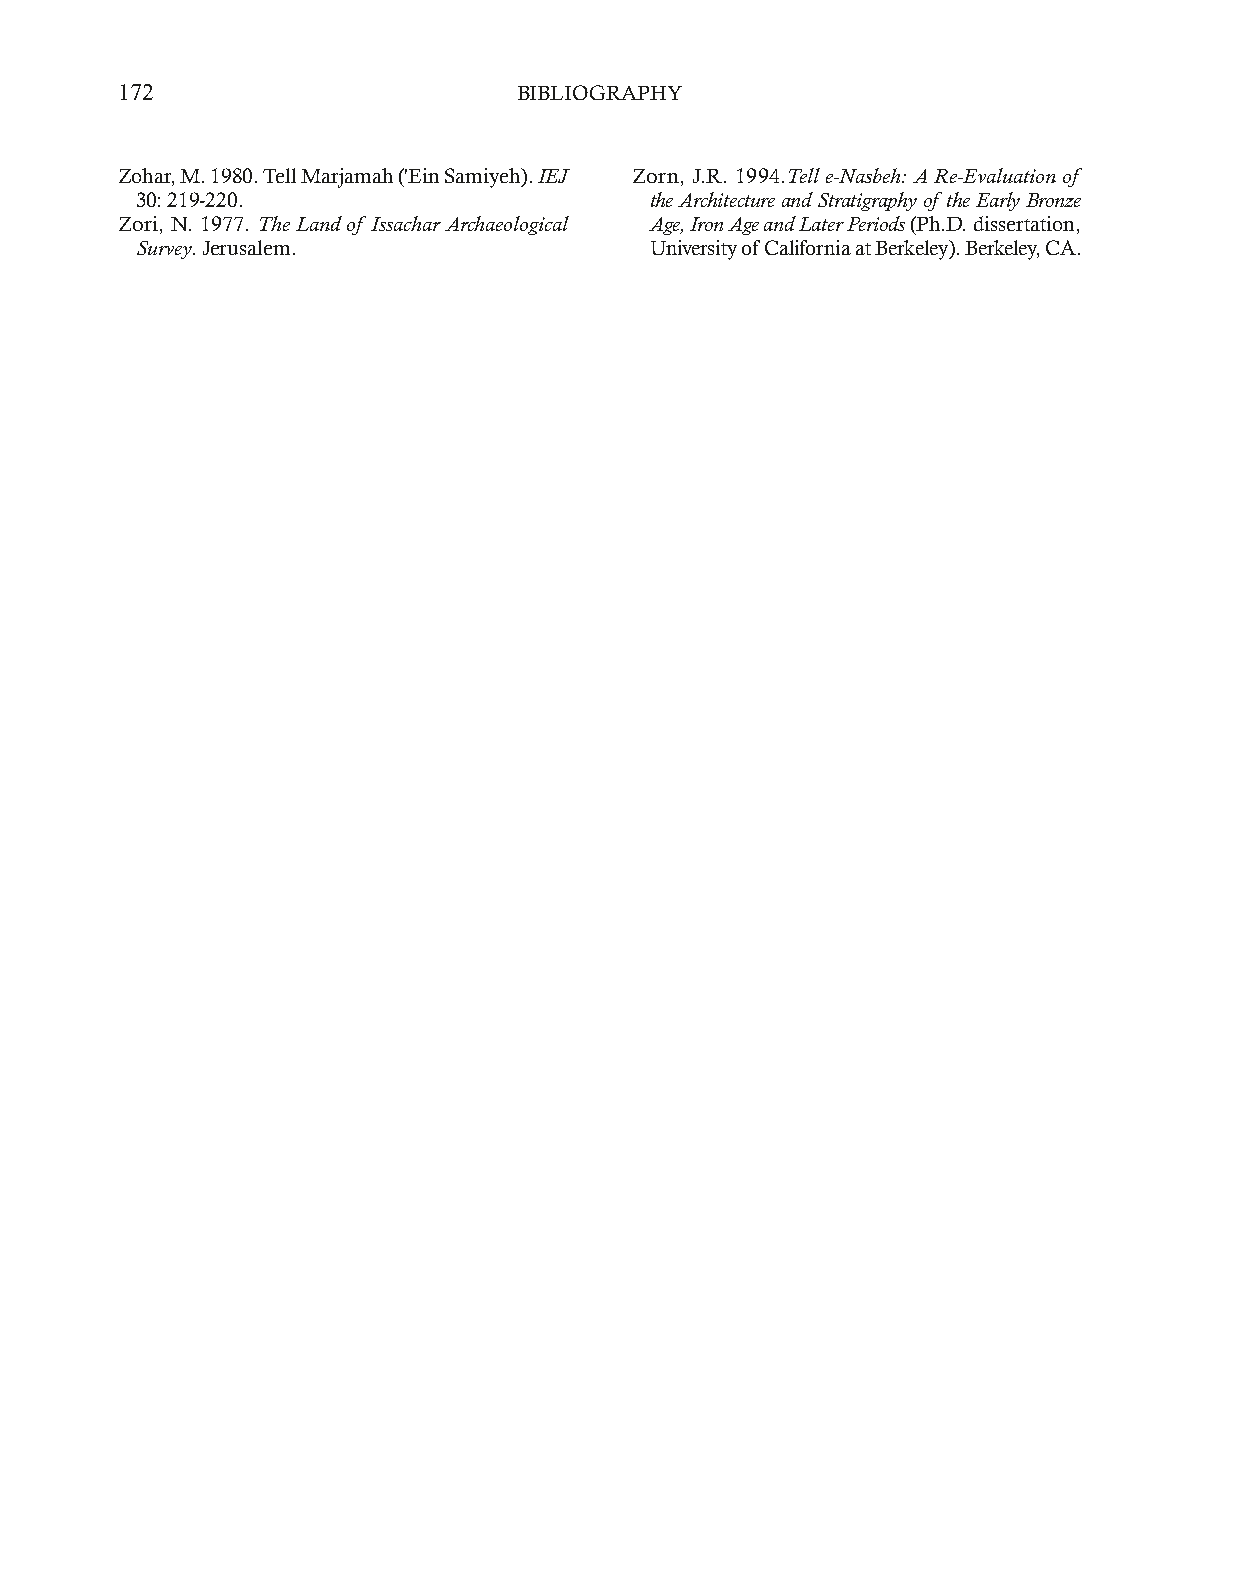
172                       BIBLIOGRAPHY
 Zohar, M. 1980. Tell Marjamah ('Ein Samiyeh). IEJ Zorn, J.R. 1994.Tell e-Nasbeh: A Re-Evaluation of
 30: 219-220.                      the Architecture and Stratigraphy of the Early Bronze
 Zori, N. 1977. The Land of Issachar Archaeological Age, Iron Age and Later Periods (Ph.D. dissertation,
 Survey. Jerusalem.                University of California at Berkeley). Berkeley, CA.